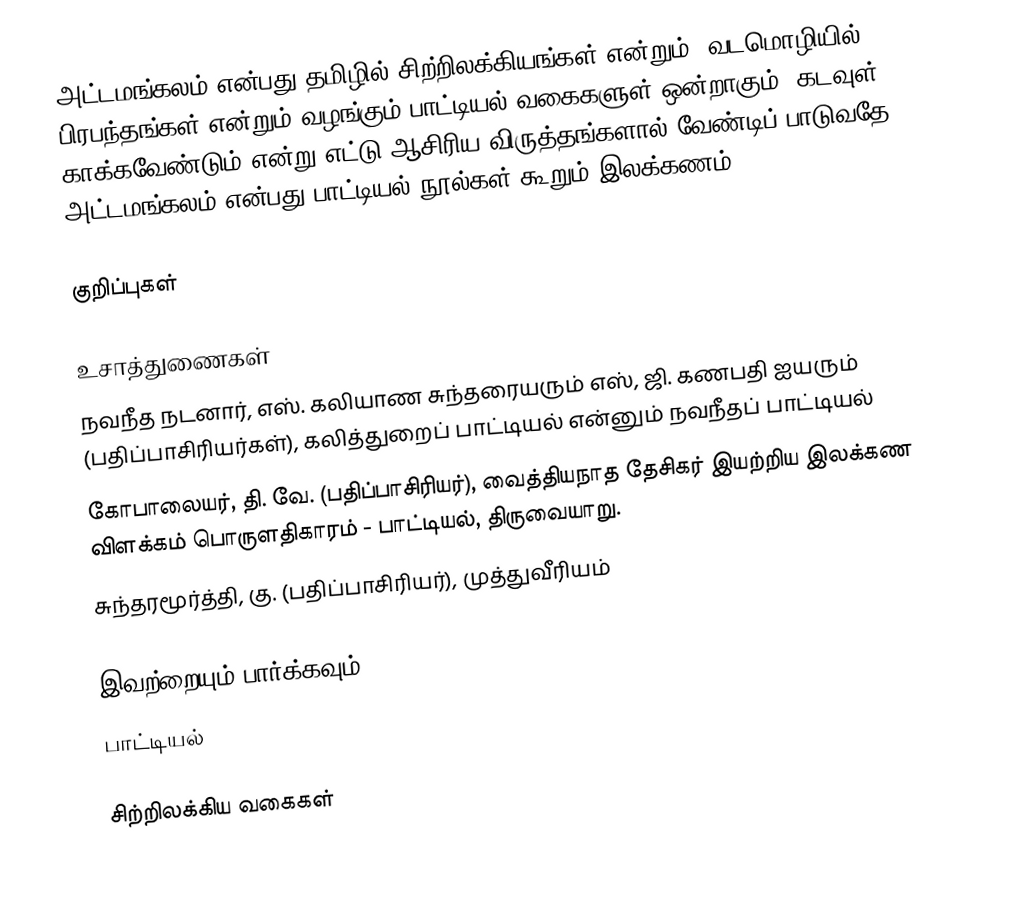
அட்டமங்கலம் என்பது தமிழில் சிற்றிலக்கியங்கள் என்றும், வடமொழியில் பிரபந்தங்கள் என்றும் வழங்கும் பாட்டியல் வகைகளுள் ஒன்றாகும். கடவுள் காக்கவேண்டும் என்று எட்டு ஆசிரிய விருத்தங்களால் வேண்டிப் பாடுவதே அட்டமங்கலம் என்பது பாட்டியல் நூல்கள் கூறும் இலக்கணம்.

குறிப்புகள்

உசாத்துணைகள்
 நவநீத நடனார், எஸ். கலியாண சுந்தரையரும் எஸ், ஜி. கணபதி ஐயரும் (பதிப்பாசிரியர்கள்), கலித்துறைப் பாட்டியல் என்னும் நவநீதப் பாட்டியல்
 கோபாலையர், தி. வே. (பதிப்பாசிரியர்), வைத்தியநாத தேசிகர் இயற்றிய இலக்கண விளக்கம் பொருளதிகாரம் - பாட்டியல், திருவையாறு.
 சுந்தரமூர்த்தி, கு. (பதிப்பாசிரியர்), முத்துவீரியம்

இவற்றையும் பார்க்கவும்
 பாட்டியல்

சிற்றிலக்கிய வகைகள்